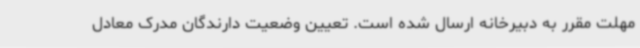
مهلت مقرر به دبیرخانه ارسال شده است. تعیین وضعیت دارندگان مدرک معادل